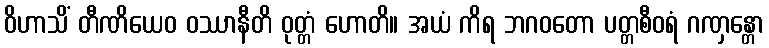
ဝိဟာသိံ တီဏိယေဝ ဝဿာနီတိ ဝုတ္တံ ဟောတိ။ အယံ ကိရ ဘဂဝတော ပတ္တစီဝရံ ဂဏှန္တော